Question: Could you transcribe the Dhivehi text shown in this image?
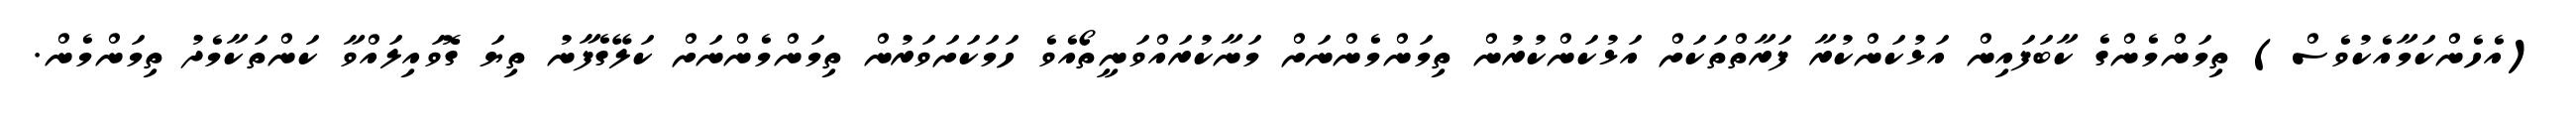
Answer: (އެހެންކަމާއެކުވެސް) ތިމަންމެންގެ ކާބަފައިން އަޅުކަންކުރާ ފަރާތްތަކަށް އަޅުކަންކުރުން ތިމަންމެންނަށް މަނާކުރައްވަނީތޯއެވެ ހަމަކަށަވަރުން ތިމަންމެންނަށް ކަލޭގެފާނު ތިޔަ ގޮވައިލައްވާ ކަންތަކާމެދު ތިމަންމެން.